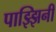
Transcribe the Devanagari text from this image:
पाझ्झिनी